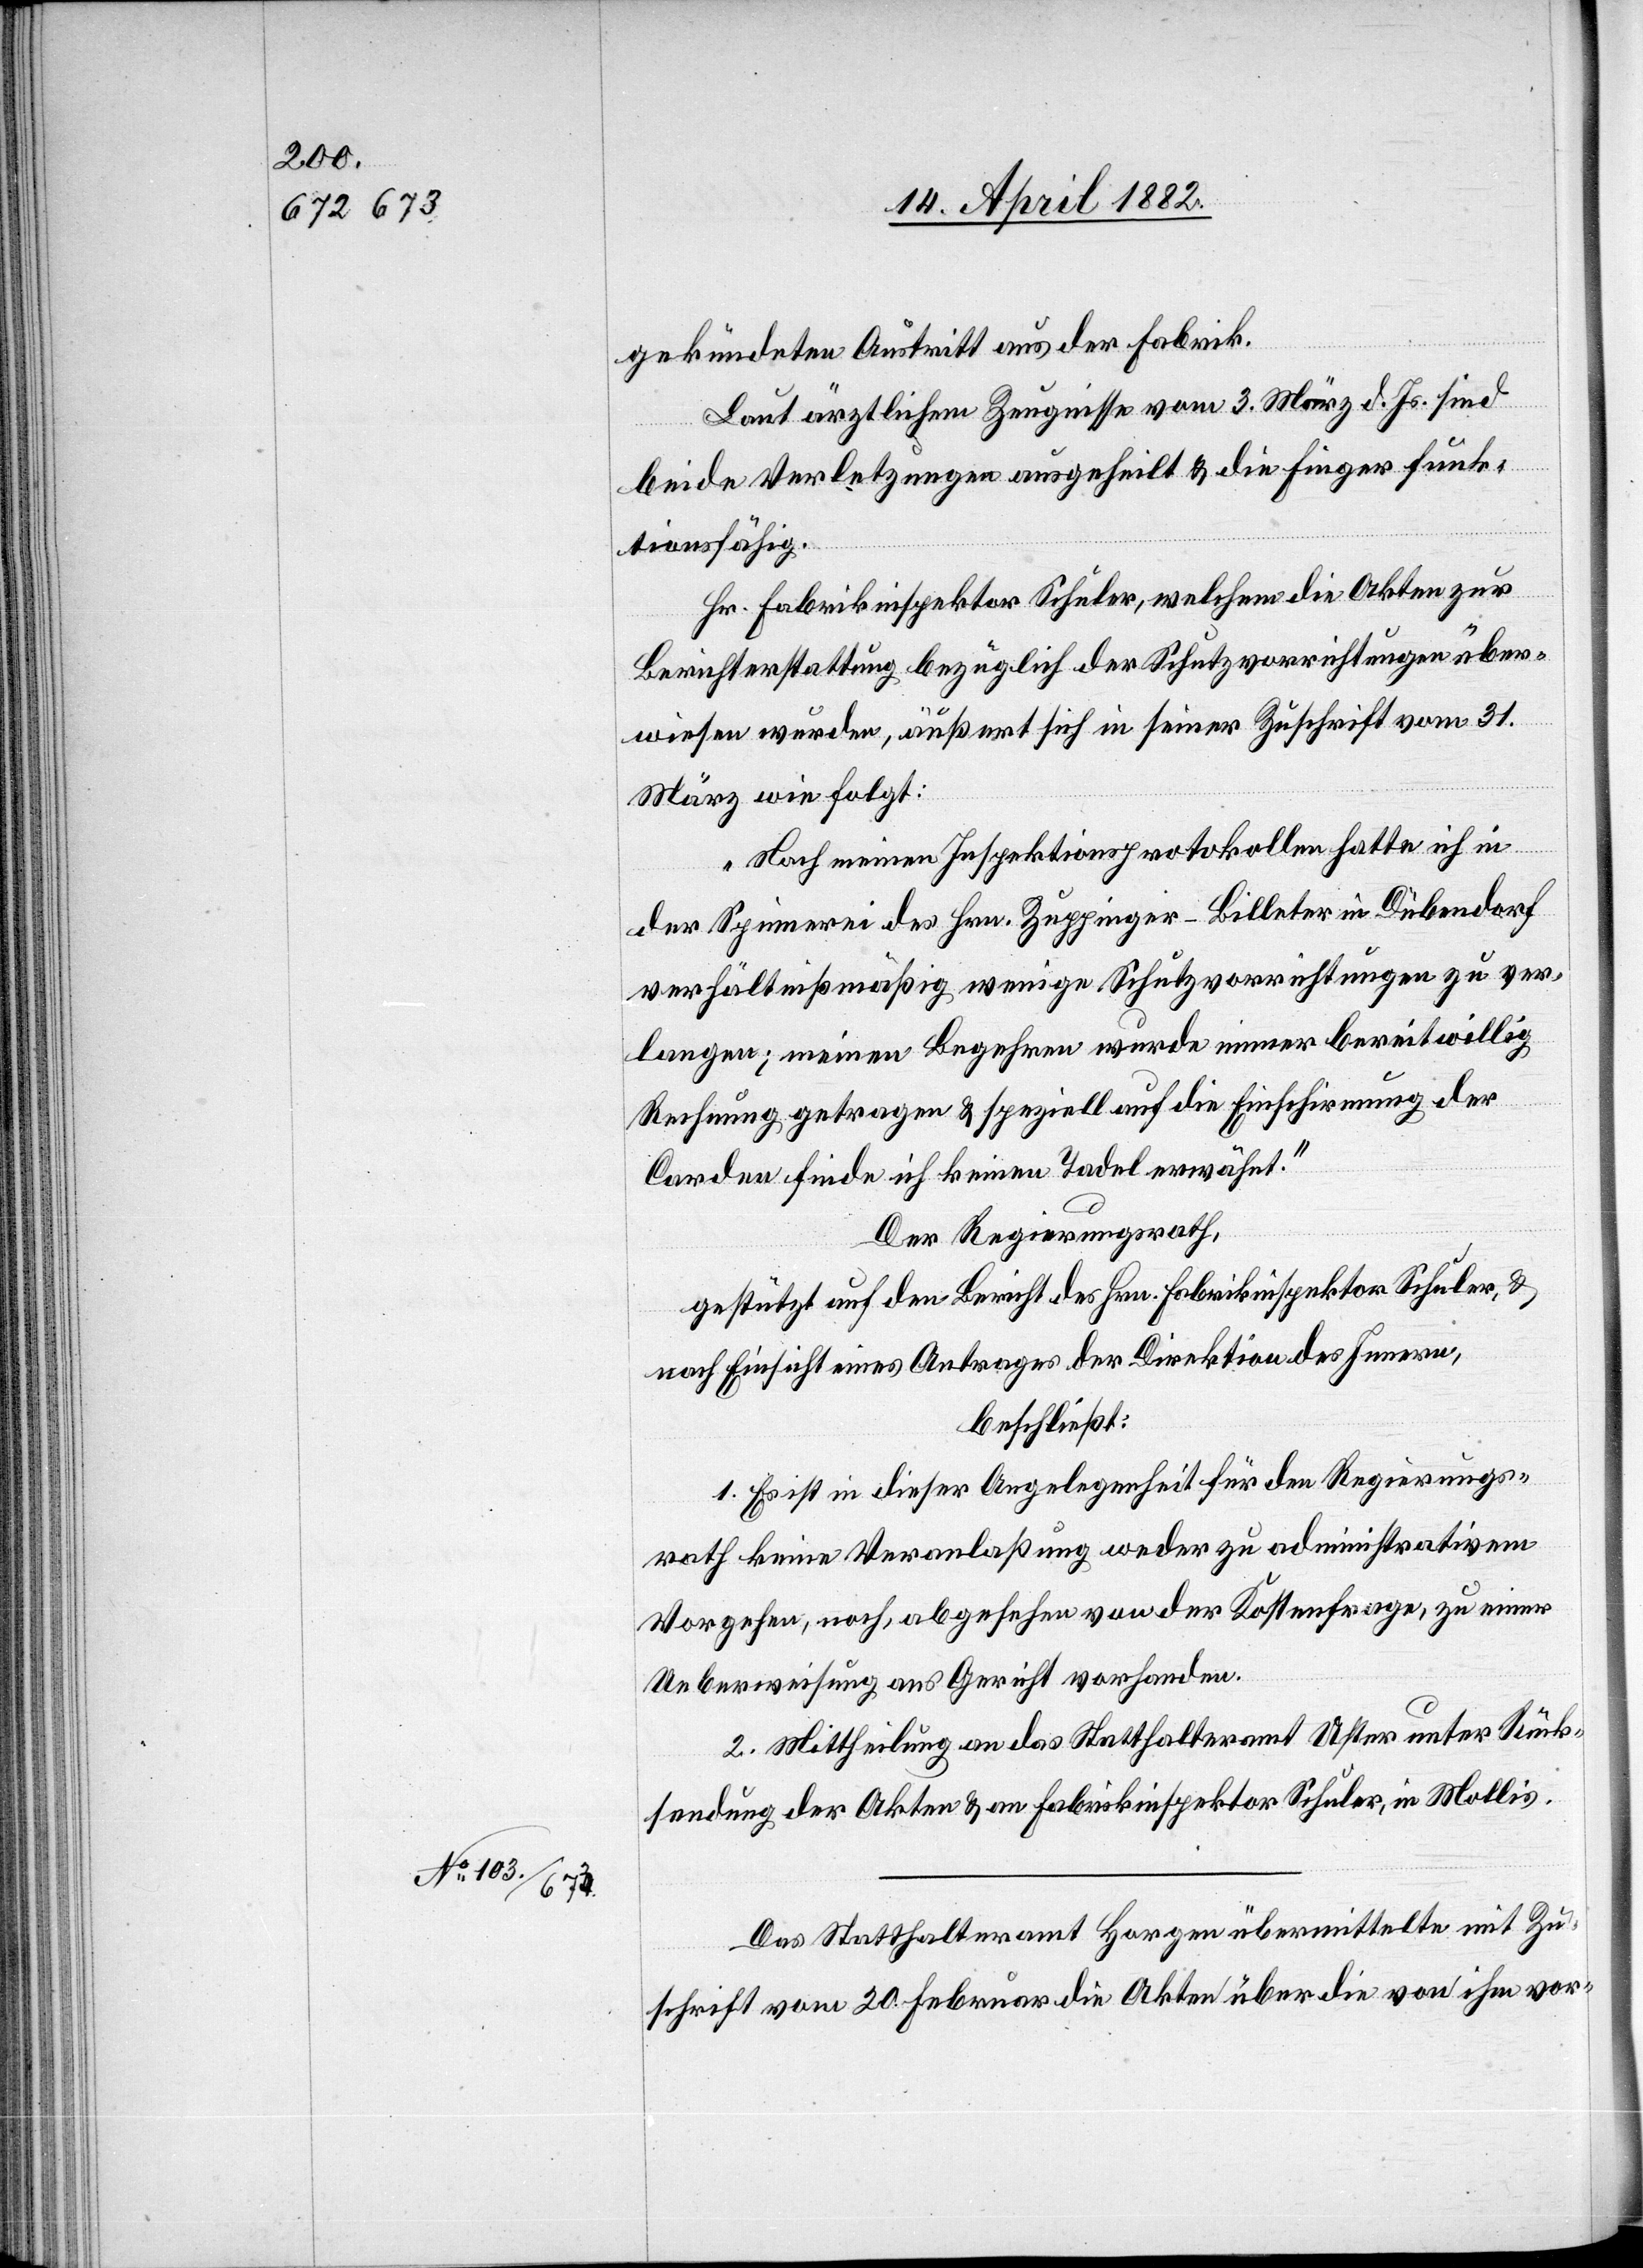
gekündeten Austritt aus der Fabrik.
Laut ärztlichem Zeugnisse vom 3. März d. Js. sind
beide Verletzungen ausgeheilt & die Finger funk¬
tionsfähig.
Hr. Fabrikinspektor Schuler, welchem die Akten zur
Berichterstattung bezüglich der Schutzvorrichtungen über¬
wiesen wurden, äußert sich in seiner Zuschrift vom 31.
März wie folgt:
„Nach meinen Inspektionsprotokollen hatte ich in
der Spinnerei des Hrn. Zuppinger-Billeter in Dübendorf
verhältnißmäßig wenige Schutzvorrichtungen zu ver¬
langen; meinen Begehren wurde immer bereitwillig
Rechnung getragen & speziell auf die Einschirmung der
Carden finde ich keinen Tadel erwähnt.“
Der Regierungsrath,
gestützt auf den Bericht des Hrn. Fabrikinspektor Schuler, &
nach Einsicht eines Antrages der Direktion des Innern,
beschließt:
1. Es ist in dieser Angelegenheit für den Regierungs¬
rath keine Veranlaßung weder zu administrativem
Vorgehen, noch, abgesehen von der Kostenfrage, zu einer
Ueberweisung ans Gericht vorhanden.
2. Mittheilung an das Statthalteramt Uster unter Rück¬
sendung der Akten & an Fabrikinspektor Schuler, in Mollis.
Das Statthalteramt Horgen übermittelte mit Zu¬
schrift vom 20. Februar die Akten über die von ihm vor-